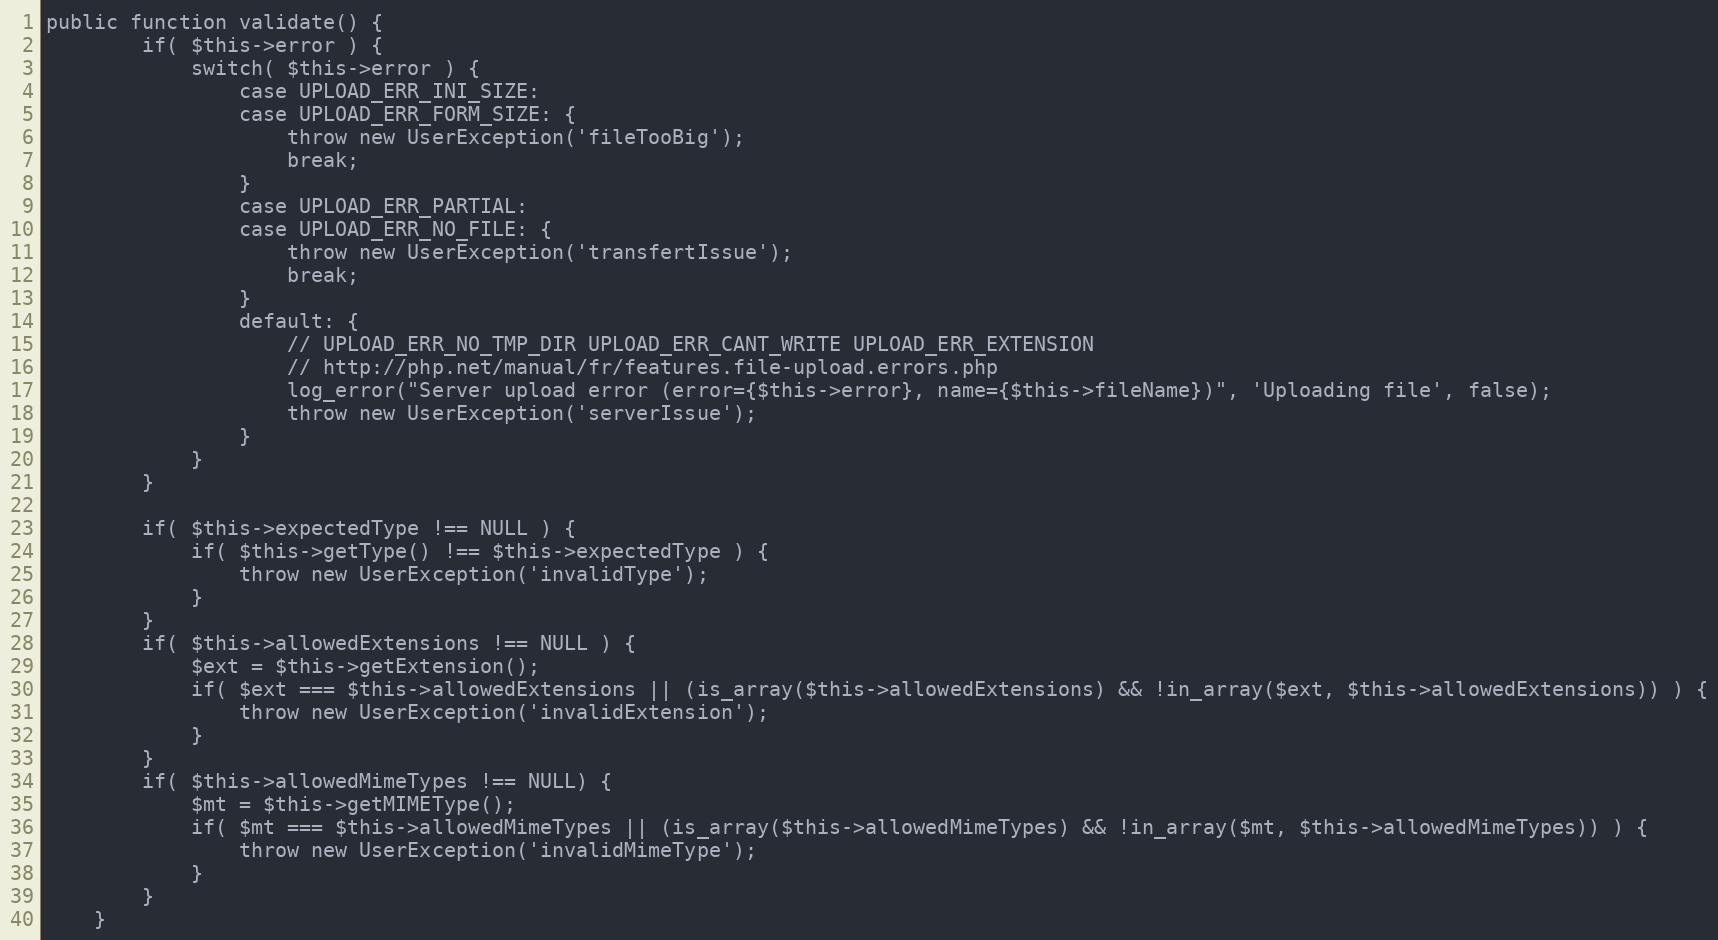
Language: PHP
public function validate() {
		if( $this->error ) {
			switch( $this->error ) {
				case UPLOAD_ERR_INI_SIZE:
				case UPLOAD_ERR_FORM_SIZE: {
					throw new UserException('fileTooBig');
					break;
				}
				case UPLOAD_ERR_PARTIAL:
				case UPLOAD_ERR_NO_FILE: {
					throw new UserException('transfertIssue');
					break;
				}
				default: {
					// UPLOAD_ERR_NO_TMP_DIR UPLOAD_ERR_CANT_WRITE UPLOAD_ERR_EXTENSION
					// http://php.net/manual/fr/features.file-upload.errors.php
					log_error("Server upload error (error={$this->error}, name={$this->fileName})", 'Uploading file', false);
					throw new UserException('serverIssue');
				}
			}
		}

		if( $this->expectedType !== NULL ) {
			if( $this->getType() !== $this->expectedType ) {
				throw new UserException('invalidType');
			}
		}
		if( $this->allowedExtensions !== NULL ) {
			$ext = $this->getExtension();
			if( $ext === $this->allowedExtensions || (is_array($this->allowedExtensions) && !in_array($ext, $this->allowedExtensions)) ) {
				throw new UserException('invalidExtension');
			}
		}
		if( $this->allowedMimeTypes !== NULL) {
			$mt = $this->getMIMEType();
			if( $mt === $this->allowedMimeTypes || (is_array($this->allowedMimeTypes) && !in_array($mt, $this->allowedMimeTypes)) ) {
				throw new UserException('invalidMimeType');
			}
		}
	}